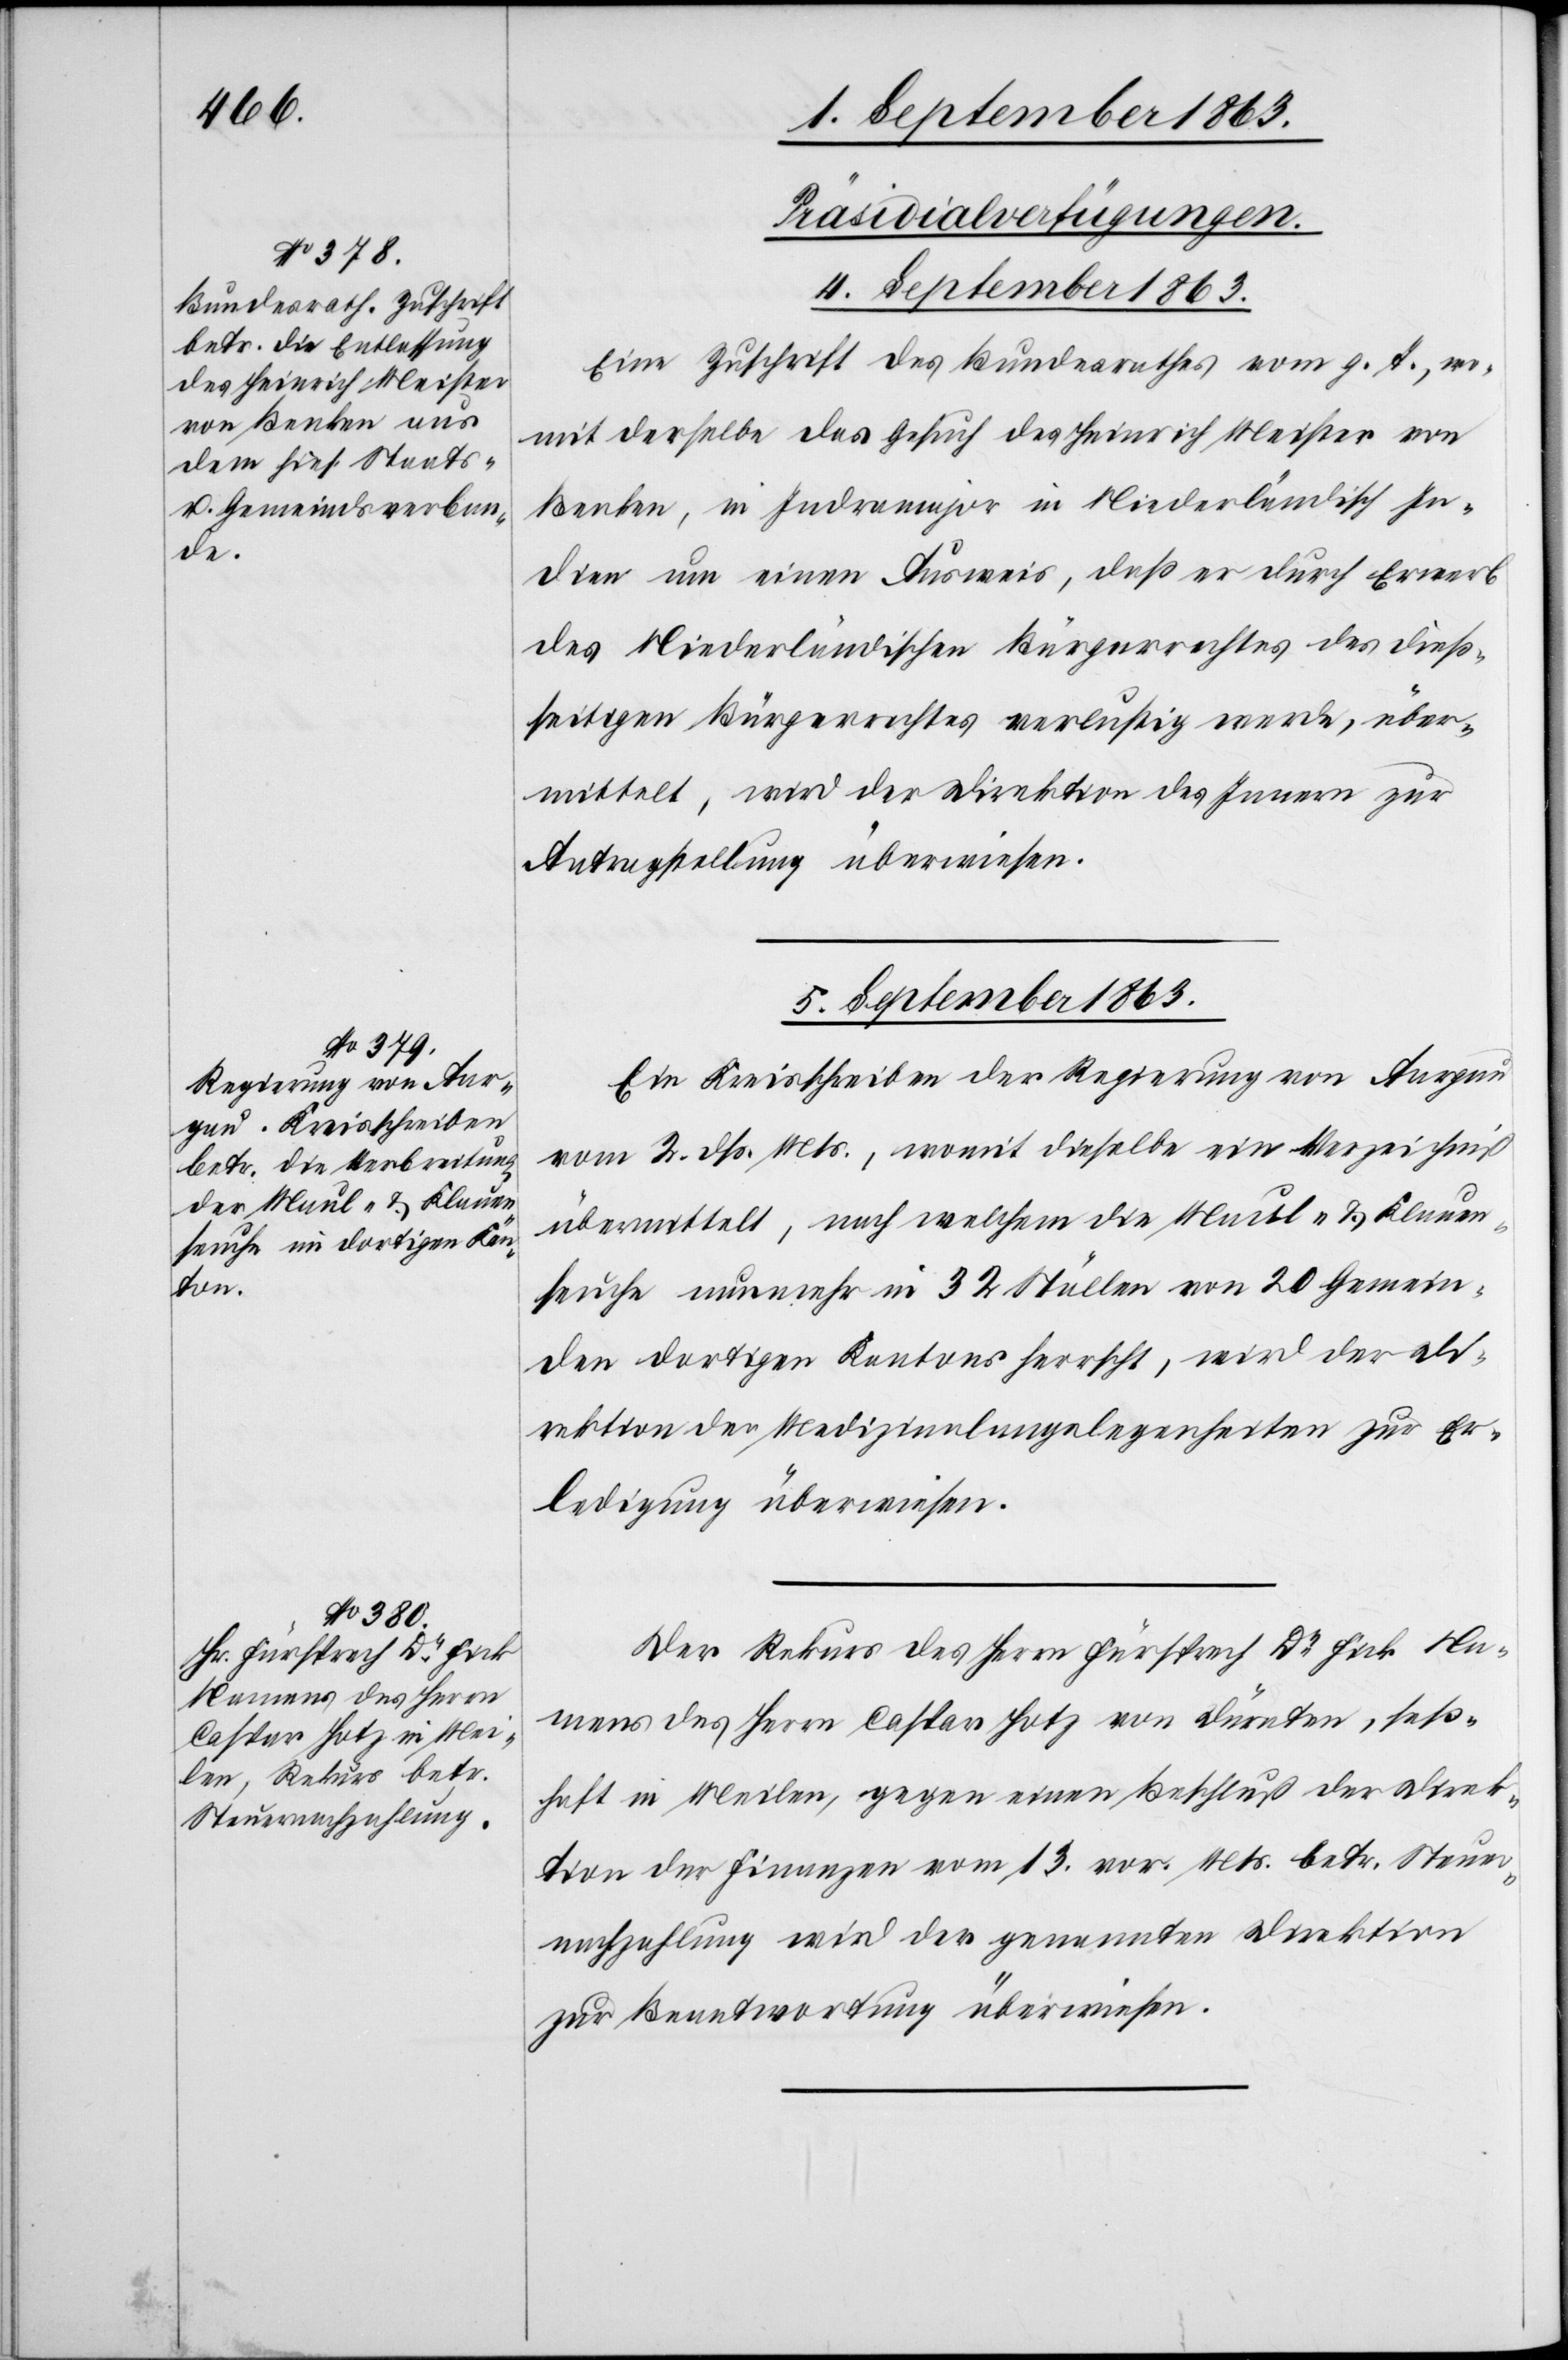
[Präsidialverfügungen.
4. September 1863.
Eine Zuschrift des Bundesrathes vom g. T., wo¬
mit derselbe das Gesuch des Heinrich Meister von
[recte: Indramajoe] in Niederländisch In¬
dien um einen Ausweis, daß er durch Erwerb
des Niederländischen Bürgerrechtes des dieß¬
seitigen Bürgerrechtes verlustig werde, über¬
mittelt, wird der Direktion des Innern zur
Antragstellung überwiesen.
5. September 1863.]
Ein Kreisschreiben der Regierung von Aargau
vom 2. dß. Mts., womit dieselbe ein Verzeichniß
übermittelt, nach welchem die Maul- & Klauen¬
seuche nunmehr in 32 Ställen von 20 Gemein¬
den dortigen Kantons herrscht, wird der Di¬
rektion der Medizinalangelegenheiten zur Er¬
ledigung überwiesen.
Der Rekurs des Herrn Fürsprech Dr Fick Na¬
mens des Herrn Caspar Hotz von Dürnten, seß¬
haft in Meilen, gegen einen Beschluß der Direk¬
tion der Finanzen vom 13. vor. Mts. betr. Steuer¬
nachzahlung wird der genannten Direktion
zur Beantwortung überwiesen.